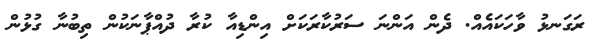
ރަގަނޅު ވާހަކައެއް. ދެން އަންނަ ސަރުކާރަކަށް އިންޑިއާ ކުރާ ދުއްޕާނަކުން ތިބުނާ ގުޅުން